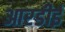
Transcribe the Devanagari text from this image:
आरडीई